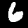
Label: 6